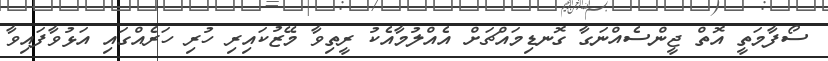
ސޯފާމަތީ އޮތް ޖީންސެއްނަގާ ގޮނޑިމައްޗަށް އެއްލުމާއެކު ރީތިވާ މޭޒުކައިރި ހުރި ހަރެއްގައި އަޅުވާފައިވާ